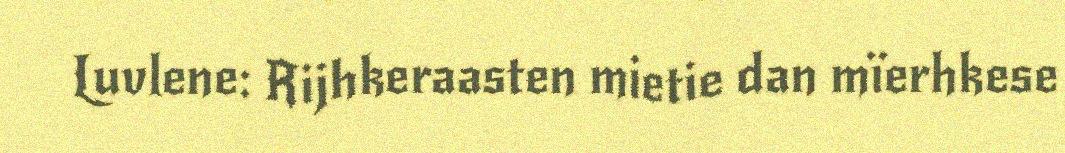
Luvlene: Rijhkeraasten mietie dan mïerhkese